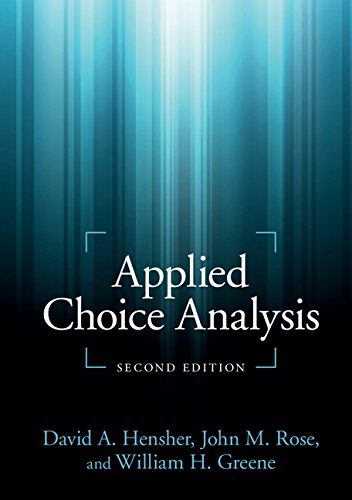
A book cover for Applied Choice Analysis; David A. Hensher; Business & Money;